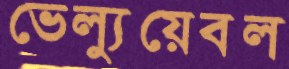
ভেল্যুয়েবল